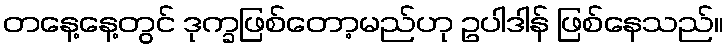
တနေ့နေ့တွင် ဒုက္ခဖြစ်တော့မည်ဟု ဥပါဒါန် ဖြစ်နေသည်။